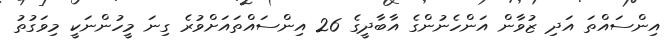
އިންސައްތަ އަދި ޒުވާން އަންހެނުންގެ އާބާދީގެ 26 އިންސައްތައަށްވުރެ ގިނަ މީހުންނަކީ މިވަގުތު